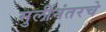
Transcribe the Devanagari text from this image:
मुलींनंतरचे